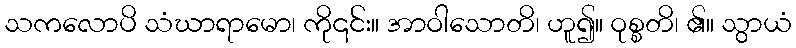
သကလောပိ သံဃာရာမော၊ ကို၎င်း။ အာဝါသောတိ၊ ဟူ၍။ ဝုစ္စတိ၊ ၏။ သွာယံ